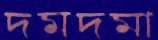
দমদমা